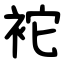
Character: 袉